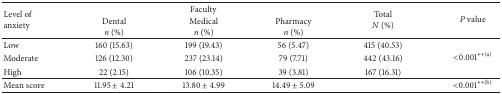
<table><thead><tr><td rowspan="2"><b>Level of anxiety</b></td><td colspan="3"><b> Faculty</b></td><td rowspan="2"><b>Total<i>N</i> (%)</b></td><td rowspan="2"><b><i>P</i> value</b></td></tr><tr><td><b>Dental<i>n</i> (%)</b></td><td><b>Medical<i>n</i> (%)</b></td><td><b>Pharmacy<i>n</i> (%)</b></td></tr></thead><tbody><tr><td>Low</td><td>160 (15.63)</td><td>199 (19.43)</td><td>56 (5.47)</td><td>415 (40.53)</td><td rowspan="3">&lt;0.001<sup><i>∗∗</i>(a)</sup></td></tr><tr><td>Moderate</td><td>126 (12.30)</td><td>237 (23.14)</td><td>79 (7.71)</td><td>442 (43.16)</td></tr><tr><td>High</td><td>22 (2.15)</td><td>106 (10.35)</td><td>39 (3.81)</td><td>167 (16.31)</td></tr><tr><td>Mean score</td><td>11.95 ± 4.21</td><td>13.80 ± 4.99</td><td>14.49 ± 5.09</td><td> </td><td>&lt;0.001<sup><i>∗∗</i>(b)</sup></td></tr></tbody></table>